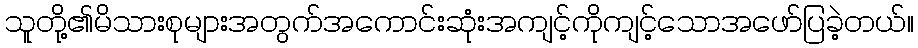
သူတို့၏မိသားစုများအတွက်အကောင်းဆုံးအကျင့်ကိုကျင့်သောအဖော်ပြခဲ့တယ်။